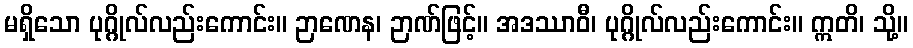
မရှိသော ပုဂ္ဂိုလ်လည်းကောင်း။ ဉာဏေန၊ ဉာဏ်ဖြင့်။ အဒဿာဝီ၊ ပုဂ္ဂိုလ်လည်းကောင်း။ ဣတိ၊ သို့။